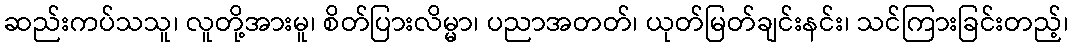
ဆည်းကပ်သသူ၊ လူတို့အားမူ၊ စိတ်ပြားလိမ္မာ၊ ပညာအတတ်၊ ယုတ်မြတ်ချင်းနင်း၊ သင်ကြားခြင်းတည့်၊